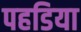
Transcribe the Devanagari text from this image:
पहडिया